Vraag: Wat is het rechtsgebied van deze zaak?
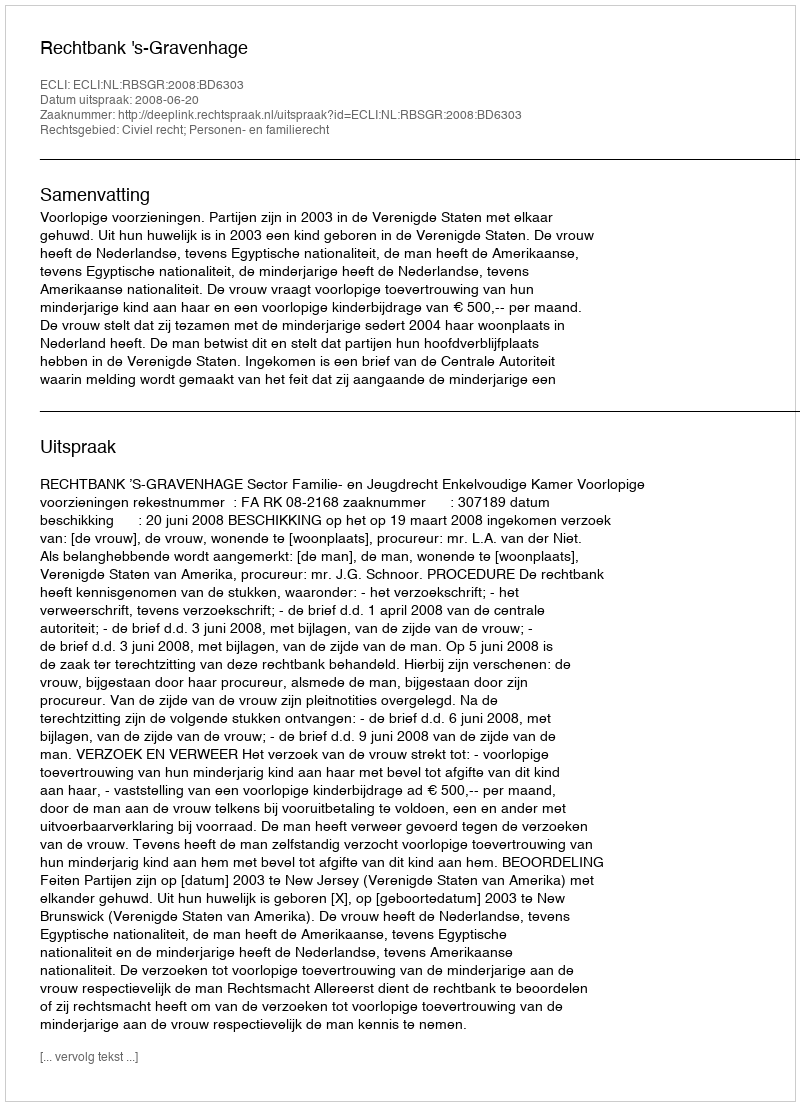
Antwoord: Civiel recht; Personen- en familierecht